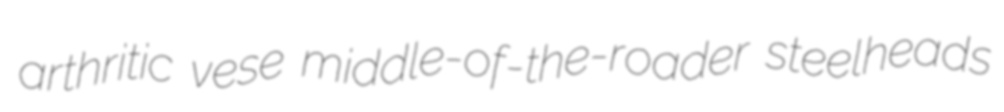
arthritic vese middle-of-the-roader steelheads